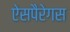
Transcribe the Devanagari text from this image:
ऐसपैरेगस